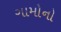
ગામોનો